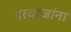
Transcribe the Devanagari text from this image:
दरवाजांना